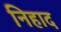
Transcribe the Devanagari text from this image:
निहाद